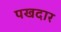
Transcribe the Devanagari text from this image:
पखदार